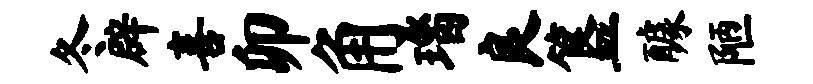
冬辟喜卯角瑙良簋醵陋